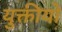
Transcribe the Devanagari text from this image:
युक्तीयों